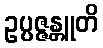
ဥပ္ပဇ္ဇန္တူတိ